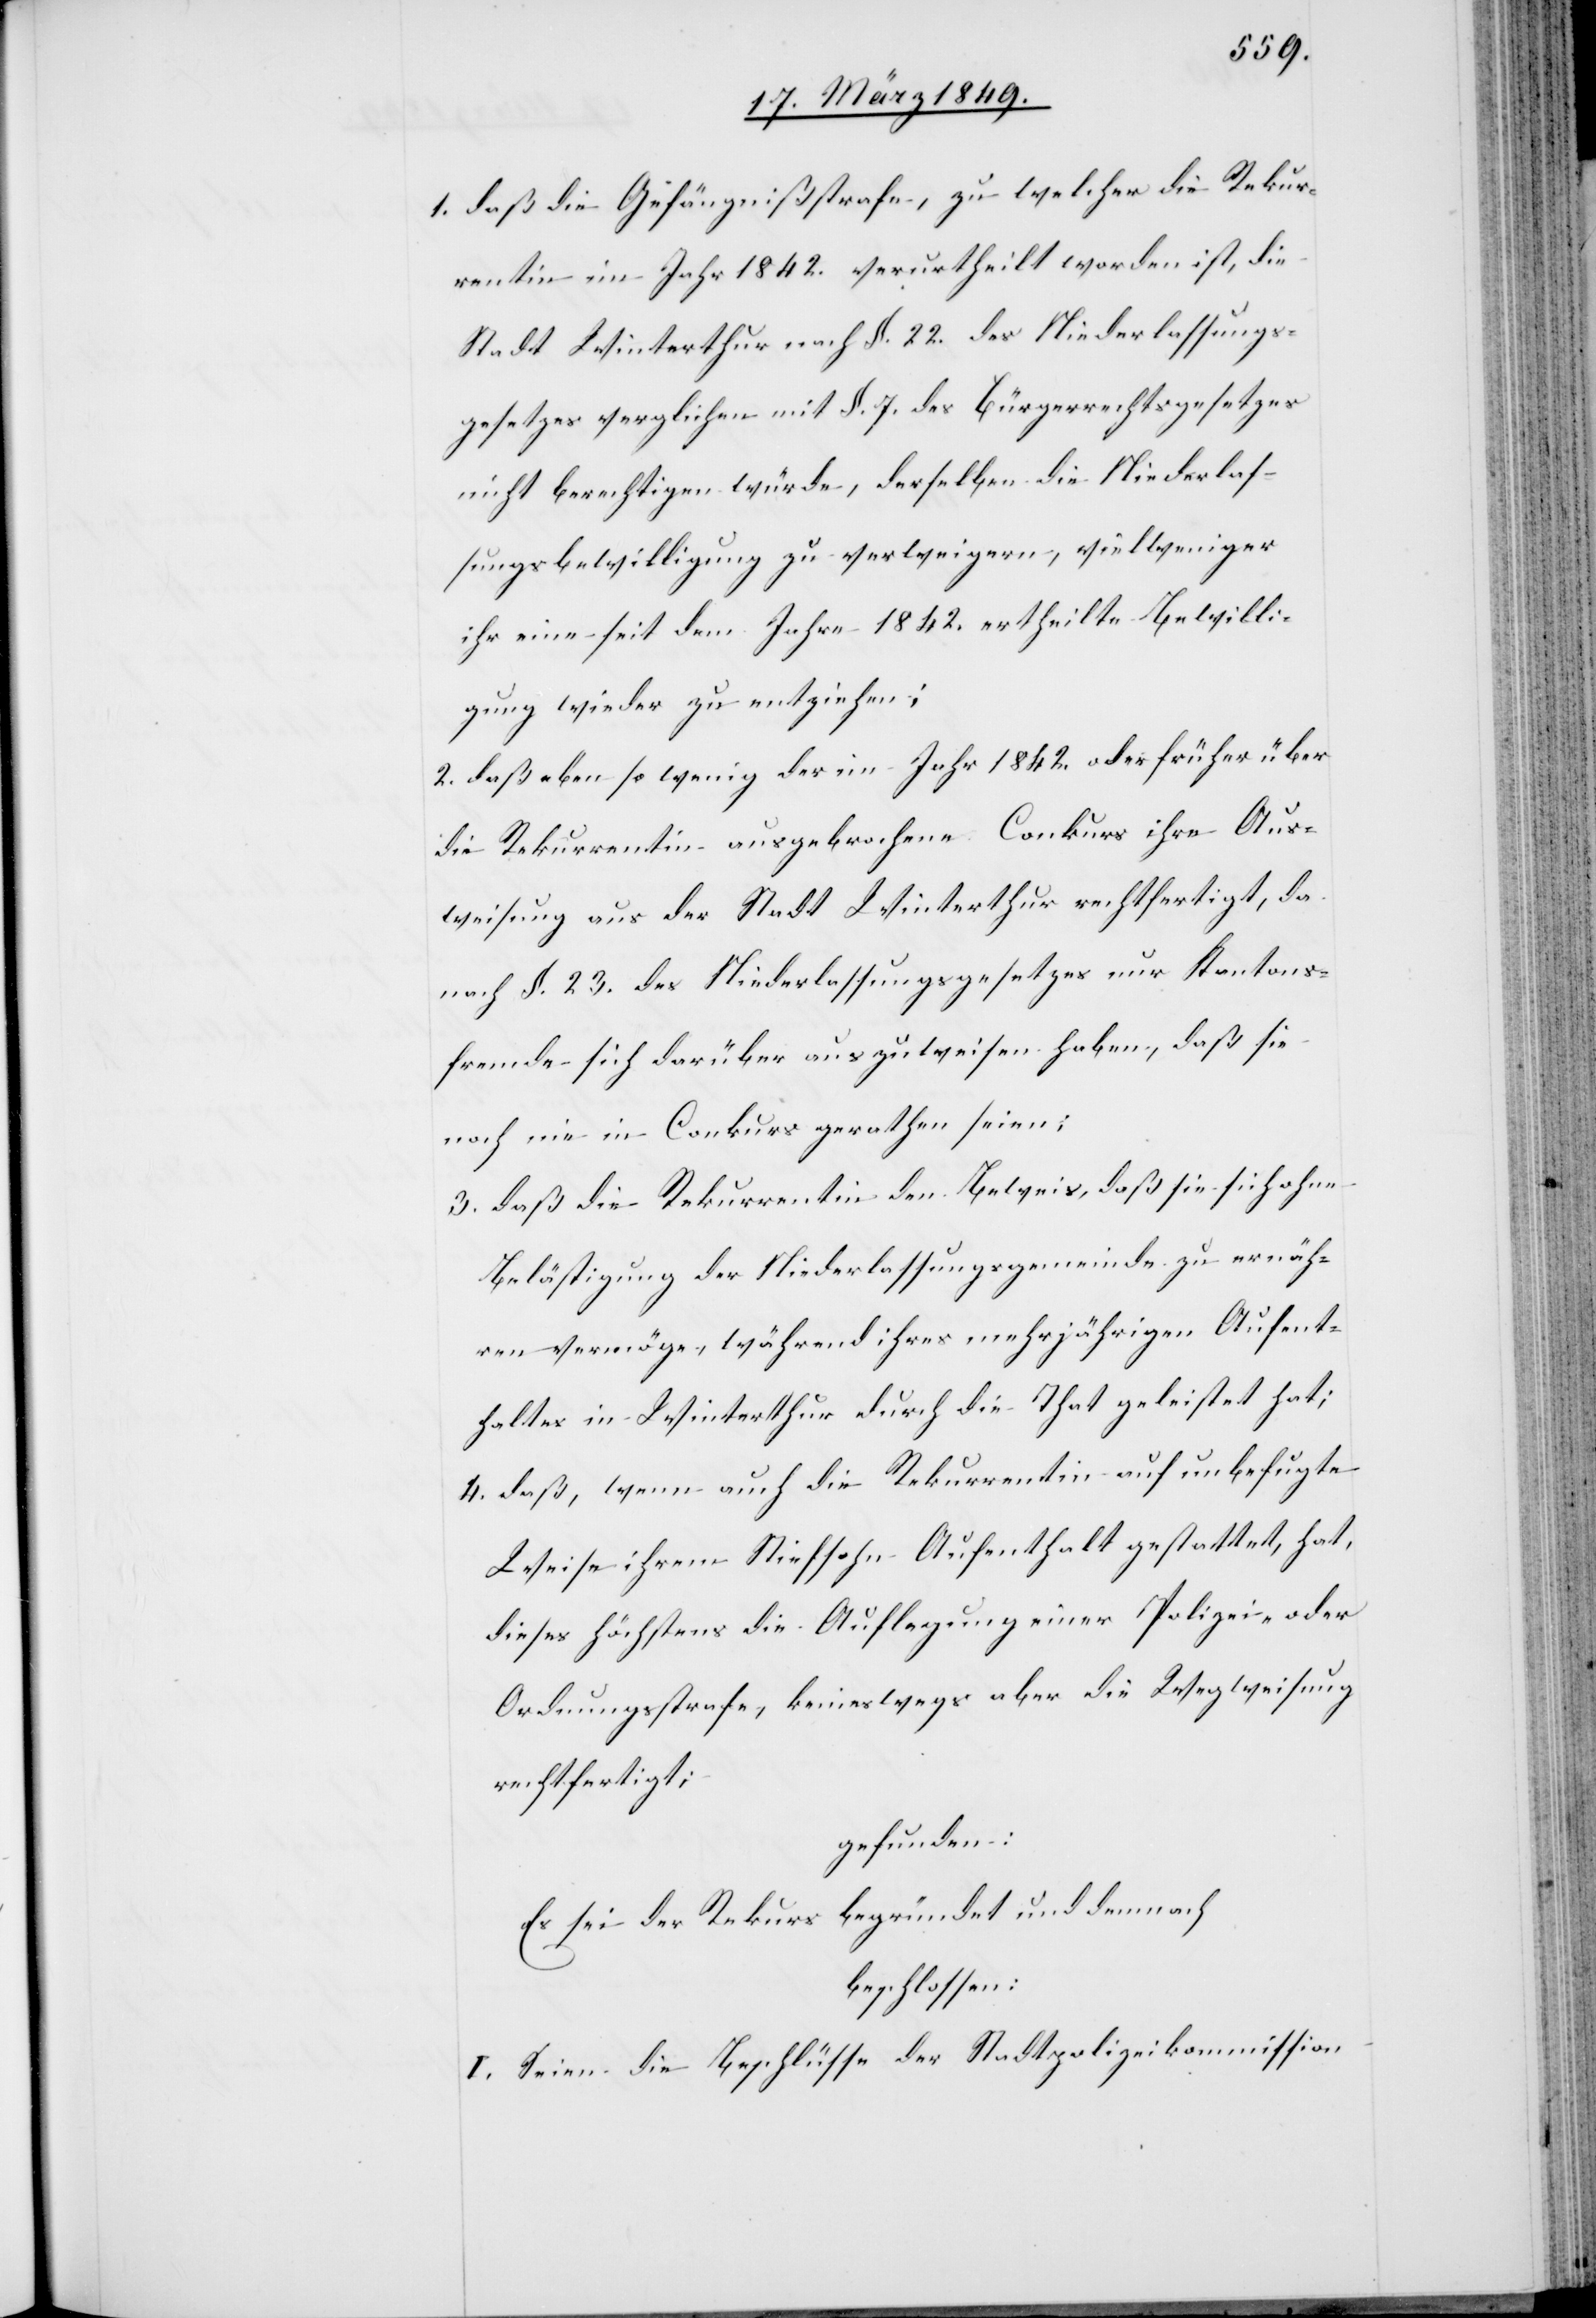
1. daß die Gefängnißstrafe, zu welcher die Rekur¬
rentin im Jahr 1842. verurtheilt worden ist, die
Stadt Winterthur nach §. 22. des Niederlassungs¬
gesetzes verglichen mit §. 7. des Bürgerrechtsgesetzes
nicht berechtigen würde, derselben die Niederlas¬
sungsbewilligung zu verweigern, vielweniger
ihr eine seit dem Jahre 1842. ertheilte Bewilli¬
gung wieder zu entziehen;
2. daß eben so wenig der im Jahr 1842. oder früher über
die Rekurrentin ausgebrochene Conkurs ihre Aus¬
weisung aus der Stadt Winterthur rechtfertigt, da
nach §. 23. des Niederlassungsgesetzes nur Kantons¬
fremde sich darüber auszuweisen haben, daß sie
noch nie in Conkurs gerathen seien;
3. daß die Rekurrentin den Beweis, daß sie sich ohne
Belästigung der Niederlassungsgemeinde zu ernäh¬
ren vermöge, während ihres mehrjährigen Aufent¬
haltes in Winterthur durch die That geleistet hat;
4. daß, wenn auch die Rekurrentin auf unbefugte
Weise ihrem Stiefsohn Aufenthalt gestattet, hat,
dieses höchstens die Auflegung einer Polizei- oder
Ordnungsstrafe, keineswegs aber die Wegweisung
rechtfertigt;
gefunden:
Es sei der Rekurs begründet und demnach
beschlossen:
I. Seien die Beschlüsse der Stadtpolizeikommission